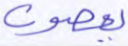
يعصون